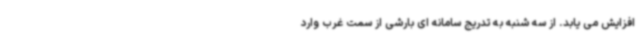
افزایش می یابد. از سه شنبه به تدریج سامانه ای بارشی از سمت غرب وارد